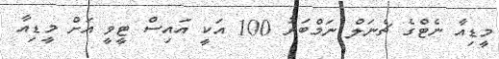
މީޑިއާ ނެޓްގެ ޗެނަލް ނަމްބަރު 100 އަކީ އައިސް ޓީވީ އަށް މީޑިއާ